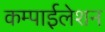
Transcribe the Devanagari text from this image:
कम्पाईलेशन